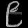
Digit: ၉